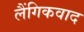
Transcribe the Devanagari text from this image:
लैंगिकवाद